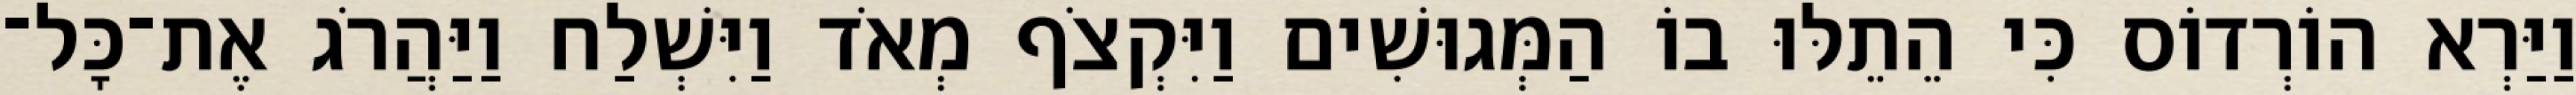
וַיַּרְא הוֹרְדוֹס כִּי הֵתֵלּוּ בוֹ הַמְּגוּשִׁים וַיִּקְצֹף מְאֹד וַיִּשְׁלַח וַיַּהֲרֹג אֶת־כָּל־